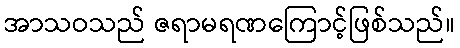
အာသဝသည် ဇရာမရဏကြောင့်ဖြစ်သည်။